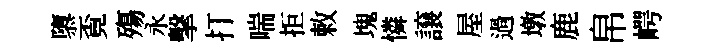
隳覔殤永擊打喘拒敕塊憐譲屋過墩鹿帛崿